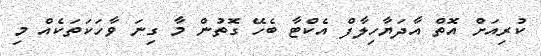
ކުރިއަށް އޮތް އާދަޔާހިލާފް އެކްޓާ ބެހޭ ގޮތުން މާ ގިނަ ވާހަކަތަކެއް މި